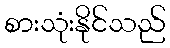
စားသုံးနိုင်သည်